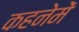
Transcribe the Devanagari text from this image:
कहनेमें